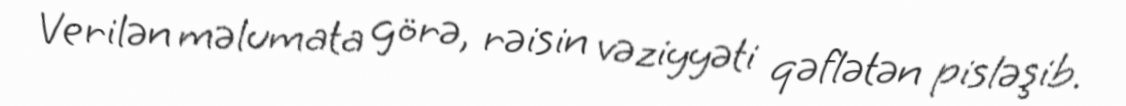
Verilən məlumata görə, rəisin vəziyyəti qəflətən pisləşib.